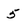
Character: 5